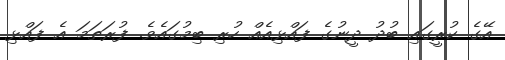
އޭގެ ކުރީގައި ބުދު ދީނުގެ ފައްޅިއެއް ހުރި ބިމުގައެވެ. ފުރަތަމަ އެ ފައްޅި